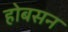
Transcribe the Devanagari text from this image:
होबसन